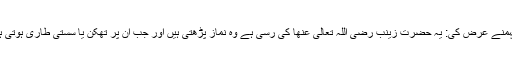
صحابۂ کرام رَضِیَ اللہُ تَعَالٰی عَنْہُمنے عرض کی: یہ حضرت زینب رَضِیَ اللہُ تَعَالٰی عَنْھا کی رسی ہے وہ نماز پڑھتی ہیں اور جب ان پر تھکن یا سستی طاری ہوتی ہے تو اس رسی کو پکڑ لیتی ہیں۔